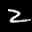
Label: 2